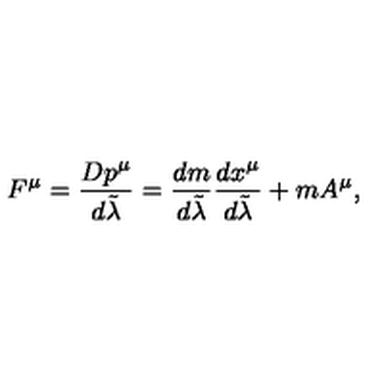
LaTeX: F ^ { \mu } = { \frac { D p ^ { \mu } } { d \tilde { \lambda } } } = { \frac { d m } { d \tilde { \lambda } } } { \frac { d x ^ { \mu } } { d \tilde { \lambda } } } + m A ^ { \mu } ,